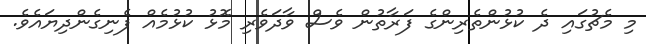
މި މެޗުގައި ދެ ކުޅުންތެރިންގެ ފަރާތުން ވެސް ވާދަވެރި މޮޅު ކުޅުމެއް ފެނިގެންދިޔައެވެ.